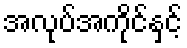
အလုပ်အကိုင်နှင့်